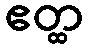
ဧတ္ထ